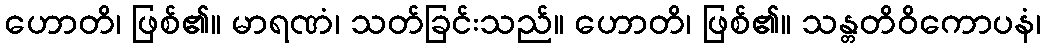
ဟောတိ၊ ဖြစ်၏။ မာရဏံ၊ သတ်ခြင်းသည်။ ဟောတိ၊ ဖြစ်၏။ သန္တတိဝိကောပနံ၊